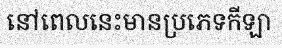
នៅពេលនេះមានប្រភេទកីឡា